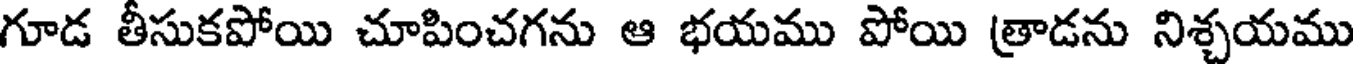
గూడ తీసుకపోయి చూపించగను ఆ భయము పోయి త్రాడను నిశ్చయము